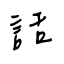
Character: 話